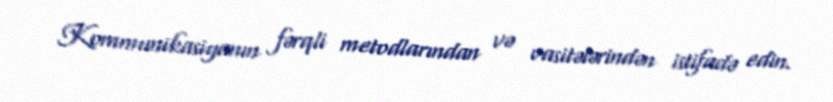
Kommunikasiyanın fərqli metodlarından və vasitələrindən istifadə edin.